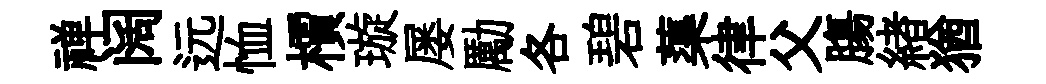
禅阔远恤檟璇屡勵各碧蕖律父膓緖猶